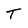
Character: T